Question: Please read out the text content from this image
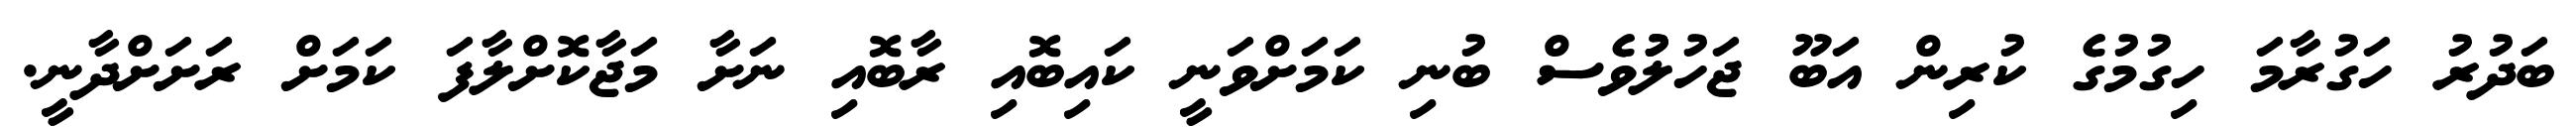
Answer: ބަދުރު ހަގުރާމަ ހިގުމުގެ ކުރިން އަބޫ ޖަހުލުުވެސް ބުނި ކަމަށްވަނީ ކައިބޮއި ރާބޮއި ނަށާ މަޖާކޮށްލާފަ ކަމަށް ރަށަށްދާނީ.